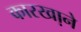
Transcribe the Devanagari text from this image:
कारखा़ने